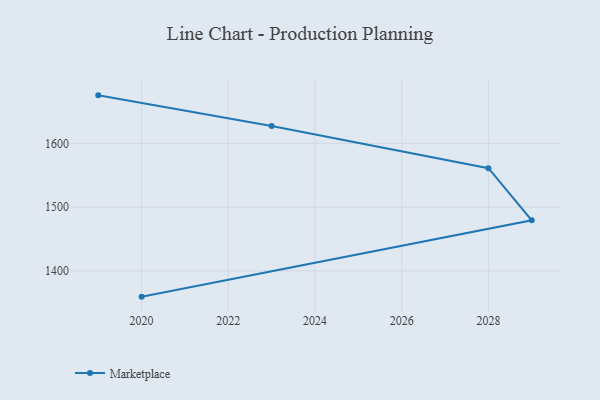
{"axis": {"x": "Year", "y": "Humidity (%)"}, "legend": ["Marketplace"], "data": [{"x": "2020", "y": 1359.4, "type": "Marketplace"}, {"x": "2029", "y": 1479.3, "type": "Marketplace"}, {"x": "2028", "y": 1561.1, "type": "Marketplace"}, {"x": "2023", "y": 1627.4, "type": "Marketplace"}, {"x": "2019", "y": 1675.5, "type": "Marketplace"}]}